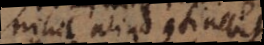
nihil aliud continebit